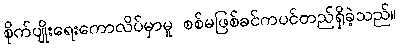
စိုက်ပျိုးရေးကောလိပ်မှာမူ စစ်မဖြစ်ခင်ကပင်တည်ရှိခဲ့သည်။